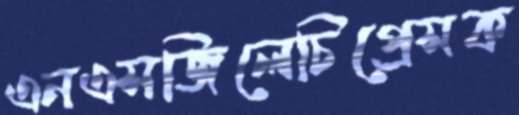
এনএসজিলেচিপ্রেসক